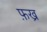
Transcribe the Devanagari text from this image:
फ़ख्र